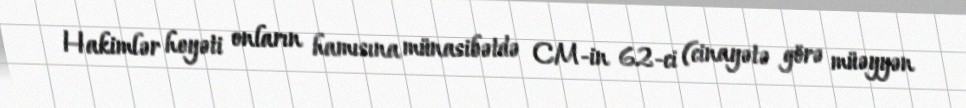
Hakimlər heyəti onların hamısına münasibətdə CM-in 62-ci (cinayətə görə müəyyən